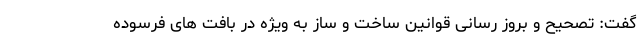
گفت: تصحیح و بروز رسانی قوانین ساخت و ساز به ویژه در بافت های فرسوده